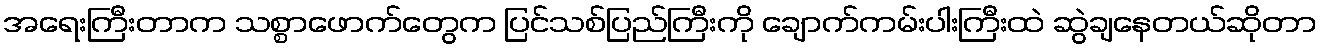
အရေးကြီးတာက သစ္စာဖောက်တွေက ပြင်သစ်ပြည်ကြီးကို ချောက်ကမ်းပါးကြီးထဲ ဆွဲချနေတယ်ဆိုတာ